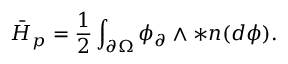
\bar { H } _ { p } = \frac { 1 } { 2 } \int _ { \partial \Omega } \phi _ { \partial } \wedge \ast \boldsymbol { n } ( d \phi ) .